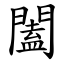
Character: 闔